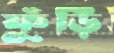
ফুঁড়ি